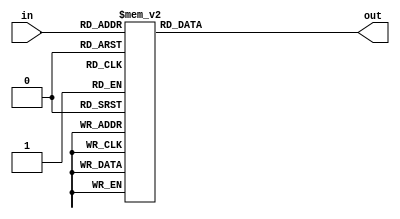
// Verilog HDL code Decoder 3:8

module decoder_3to8 (input [2:0] in,
                      output reg [7:0] out);

always @* begin
    case (in)
        3'b000: out = 8'b00000001;
        3'b001: out = 8'b00000010;
        3'b010: out = 8'b00000100;
        3'b011: out = 8'b00001000;
        3'b100: out = 8'b00010000;
        3'b101: out = 8'b00100000;
        3'b110: out = 8'b01000000;
        3'b111: out = 8'b10000000;
        default: out = 8'b00000000;
    endcase
end

endmodule